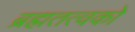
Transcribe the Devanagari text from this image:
ब्रह्मतत्वको